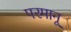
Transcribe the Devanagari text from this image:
परमानू